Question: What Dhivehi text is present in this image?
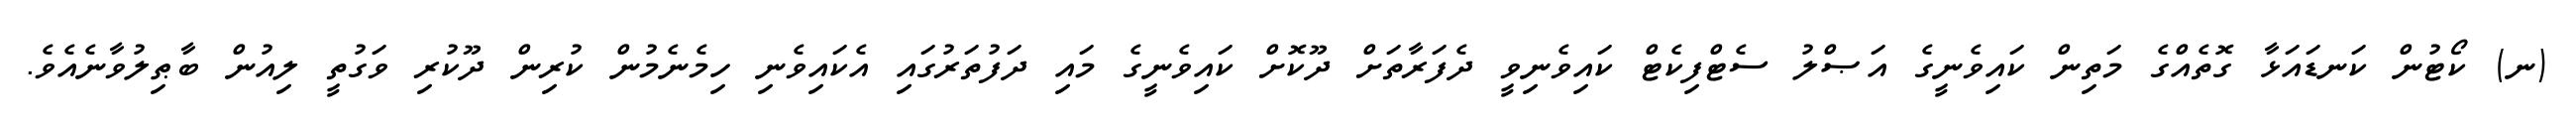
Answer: (ނ) ކޯޓުން ކަނޑައަޅާ ގޮތެއްގެ މަތިން ކައިވެނީގެ އަޞްލު ސެޓްފިކެޓް ކައިވެނިވީ ދެފަރާތަށް ދޫކޮށް ކައިވެނީގެ މައި ދަފުތަރުގައި އެކައިވެނި ހިމެނެމުން ކުރިން ދޫކުރި ވަގުތީ ލިއުން ބާޠިލުވާނެއެވެ.